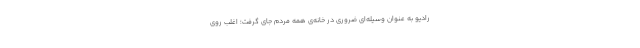
رادیو به عنوان وسیله‌ای ضروری در خانه‌ی همه مردم جای گرفت؛ اغلب روی